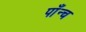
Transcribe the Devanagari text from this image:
पाँन्च